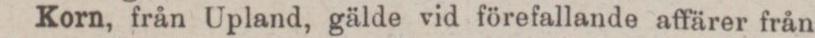
Korn, från Upland, gälde vid förefallande affärer från